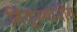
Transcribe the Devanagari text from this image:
हिंदुस्थानीय